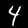
Digit: 4